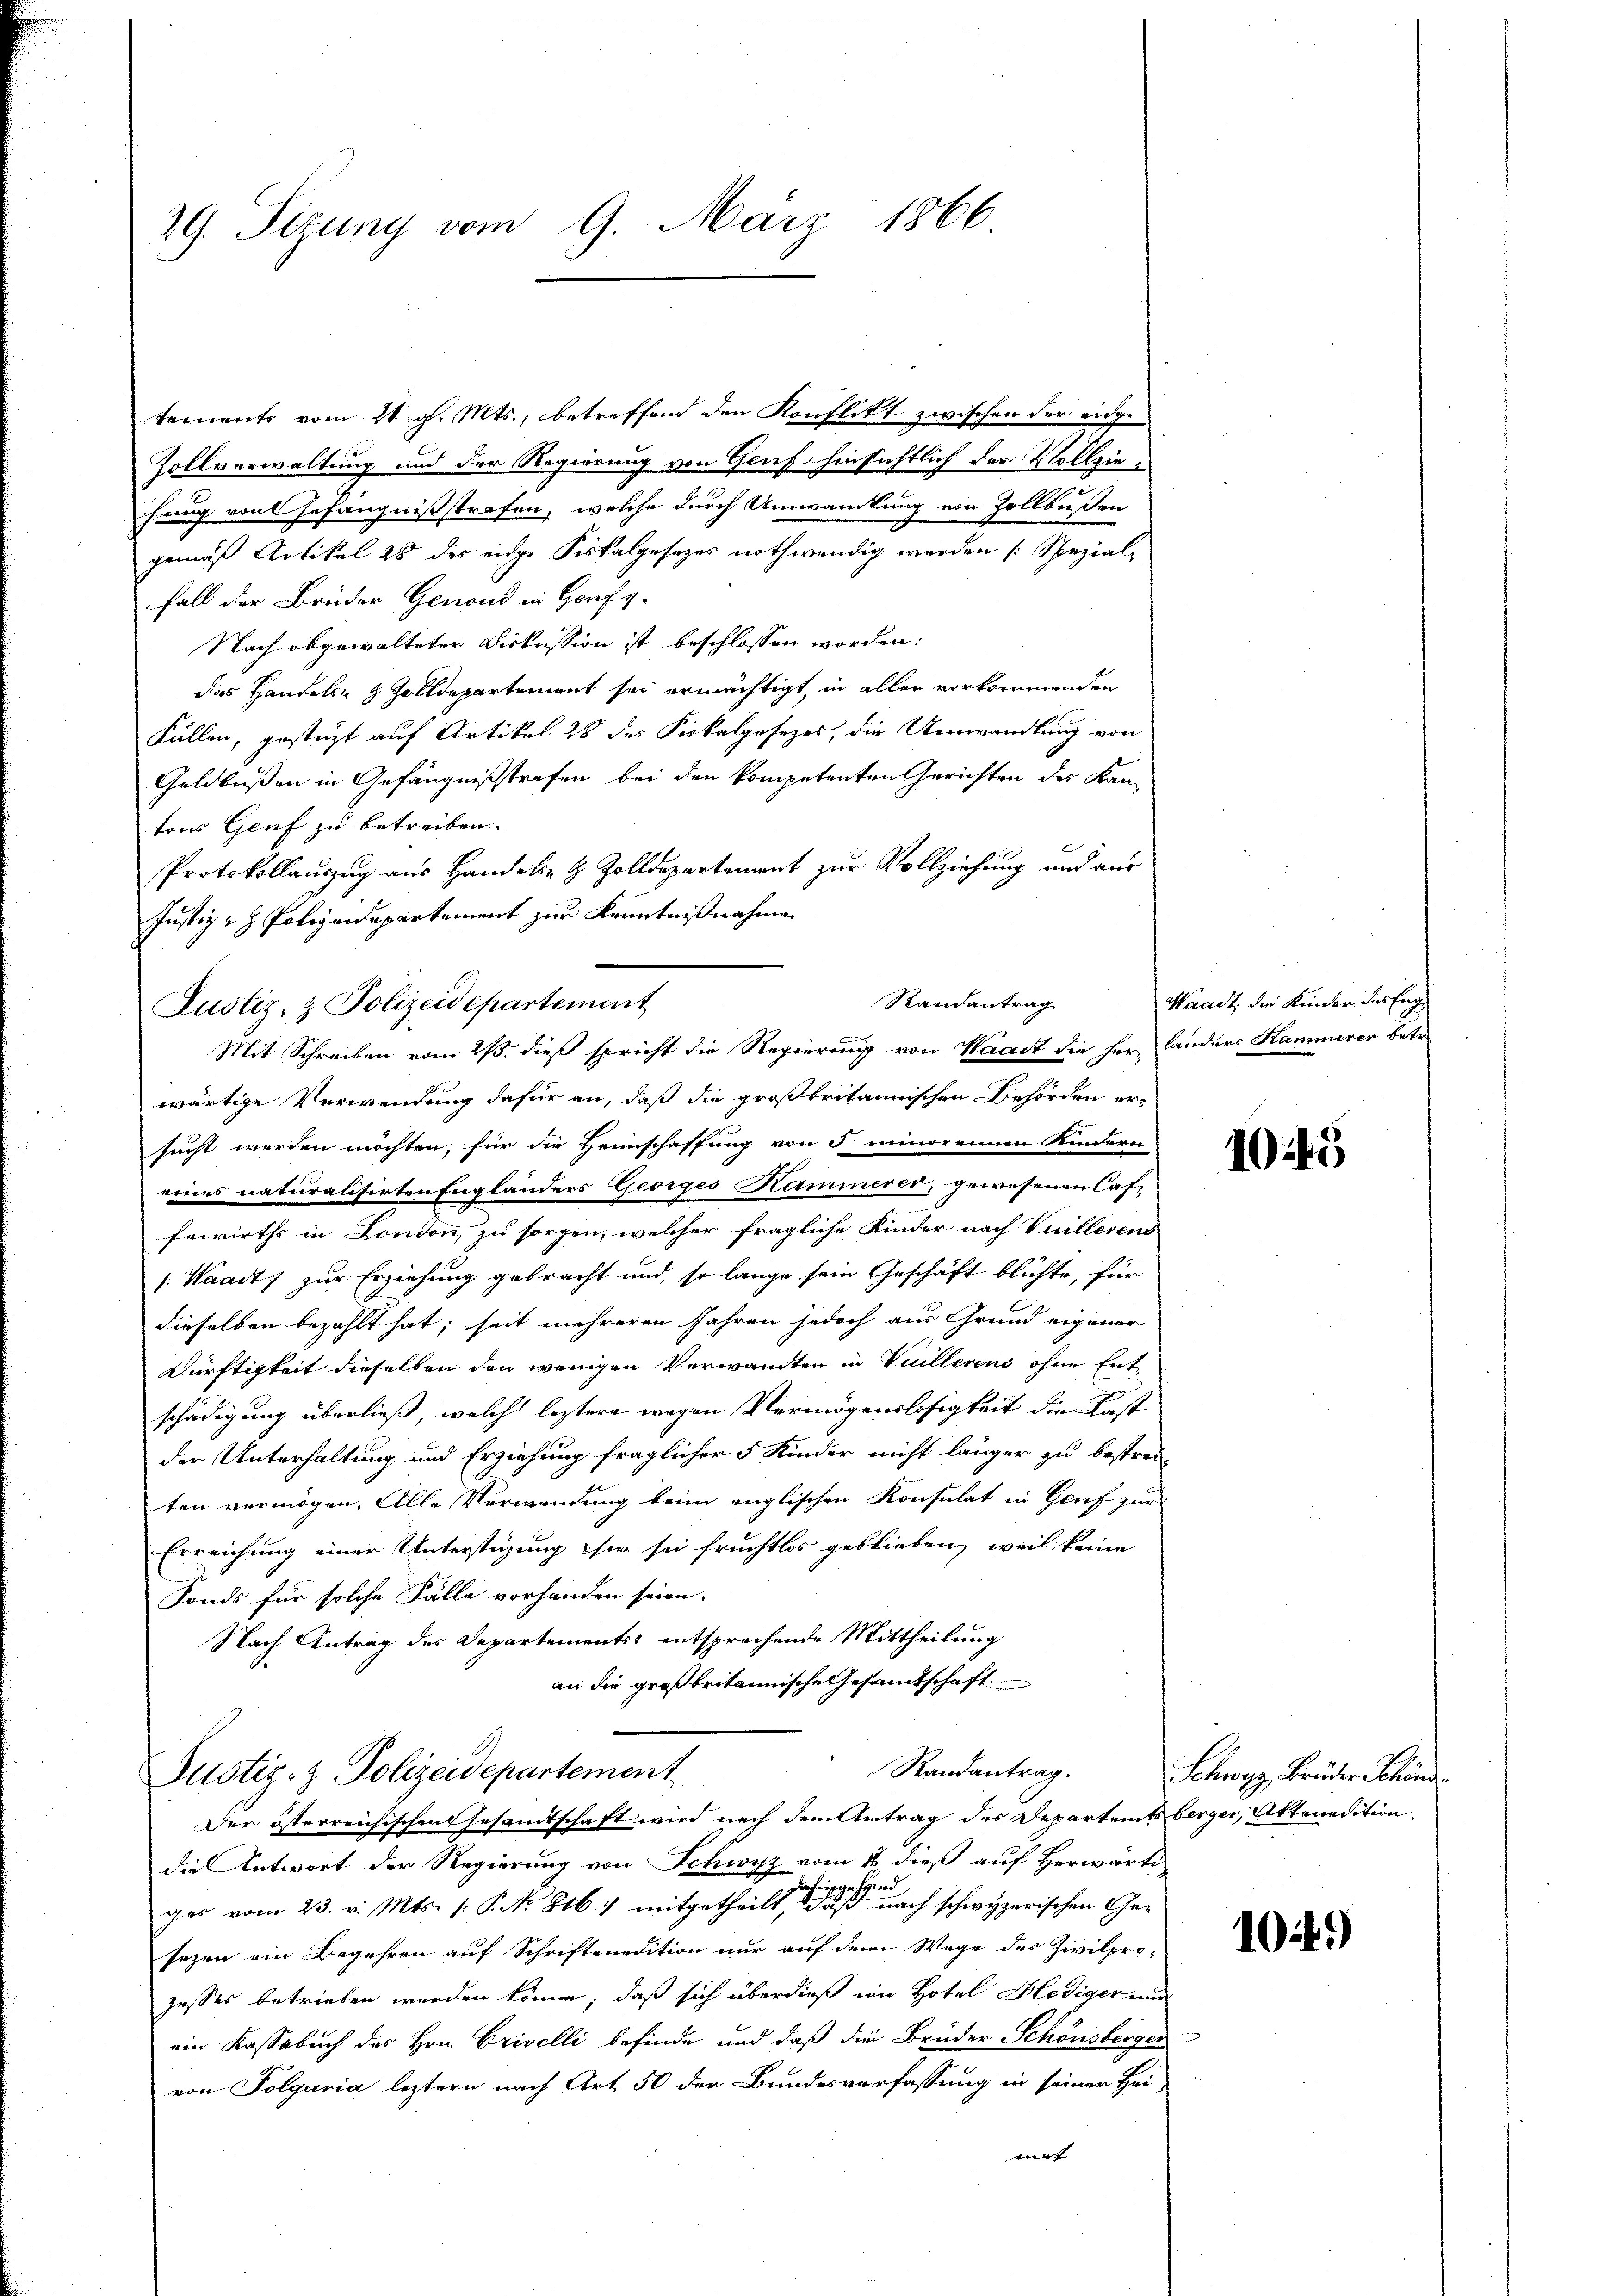
29. Sizung vom 9. März 1866

temente vom 21. d. Mts., betreffend den Konflikt zwischen der eidge
Zollverwaltung und der Regierung von Genf hinsichtlich der Vollziehuung von Gefängnißstrafen, welche durch Umwandlung von Zollbüßen
gemäß Artikel 25 des eidge Fiskalgesezes nothwendig werden Spezial¬
Fall der Brüder Genoud in Genfg-
Nach abgewalteter Diskussion ist beschlossen worden:
das Handels- & Zolldepartement sei ermächtigt, in allen vorkommenden
Fällen, gestüzt auf Artikel 28 des Fiskalgesezes, die Umwandlung von
Geldbußen in Gefängnißstrafen bei den kompetenten Gerichten des Kantons Genf zu betreiben.
Protokollauszug aus Handels- & Zolldepartement zur Vollziehung und aus
Justiz- & Polizeidepartement zur Kenntnißnahmen
wärtige Verwendung dafür an, daß die großbritannischen Behörden ersucht werden möchten, für die Heimschaffung von 5 minorennen Kindern
eines naturalisirten Engländers Georges Kammerer, gewesenen Cas¬
Fewirths in London, zu sorgen, welcher fragliche Kinder nach Vuillerens
[Waadt, zur Erziehung gebracht und, so lange sein Geschäft blichte, für
dieselben bezahlt hat; seit mehreren Jahren jedoch aus Grund eigener
Dürftigkeit dieselben den wenigen Verwandten in Villerens ohne Entschädigung überließ, welch leztere wegen Vermögenslosigkeit die Last
der Unterhaltung und Erziehung fraglicher 5 Kinder nicht länger zu bestrei-
ten vermögen. Alle Verwendung beim englischen Konsulat in Genf zur
Erreichung einer Unterstüzung eher sei fruchtlos geblieben, weil keine
Fonds für solche Fälle vorhanden seien.
Nach Antrag des Departements entsprechende Mittheilung
an die großbritannische Gesamtschaft

Randantrag
Justiz- & Polizeidepartement
Mit Schreiben vom 25. dieß spricht die Regierung von Waadt die herlanders Kammerer betr.

Randantrag.
Justiz- & Polizeidepartement
Der österreichischen Gesamtschaft wird nach dem Antrag des Departeits berger Aktenedition

die Antwort der Regierung von Schwyz vom 18 dieß auf Herwärti
dahingehend
ges vom 23. v. Mts. (: P. No 816) mitgetheilt, es nach schwyzerischen Gesezen ein Begehren auf Schriftendition nur auf dem Wege des Zivilpro-
zesses betrieben werden könne, daß sich überdieß wie Hotel Hediger un
ein Kassabuch des Hrn. Crivelli befinde und daß die Brüder Schönsbergen
von Folgaria leztern nach Art. 50 der Bundesverfassung in seiner Hei-
mat

Waadt, die Kinder des Eng¬

1045

Schwyz, Brüder Schänd

1024.)